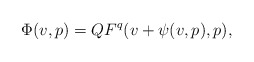
\begin{align*}\Phi(v,p) = QF^q(v + \psi(v,p),p),\end{align*}